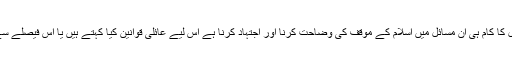
میرے خیال میں اسلامی نظریاتی کونسل کا کام ہی ان مسائل میں اسلام کے موقف کی وضاحت کرنا اور اجتہاد کرنا ہے اس لیے عائلی قوانین کیا کہتے ہیں یا اس فیصلے سے انکی مخالفت ہورہی ہے، یہ اہم نہیں۔